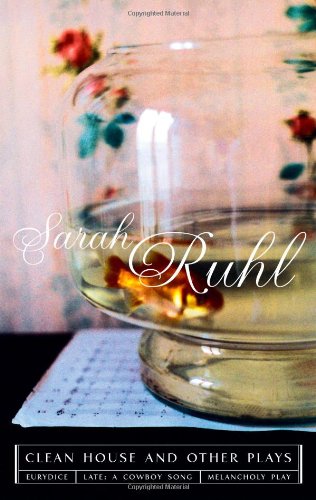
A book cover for The Clean House and Other Plays; Sarah Ruhl; Literature & Fiction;